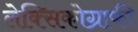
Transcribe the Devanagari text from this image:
लेक्सिकोग्राफी